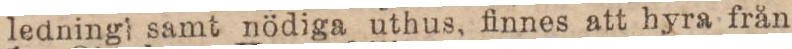
ledning samt nödiga uthus, finnes att hyra från